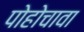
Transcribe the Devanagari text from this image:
पोहोचावा